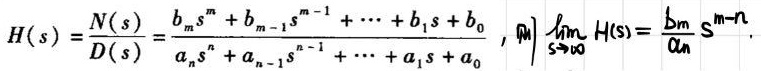
\[ H(s)=\frac{N(s)}{D(s)}=\frac{b_m s^m + b_{m - 1}s^{m - 1}+\cdots + b_1 s + b_0}{a_n s^n + a_{n - 1}s^{n - 1}+\cdots + a_1 s + a_0},\quad \lim_{s\rightarrow\infty}H(s)=\frac{b_m}{a_n}s^{m - n} \]